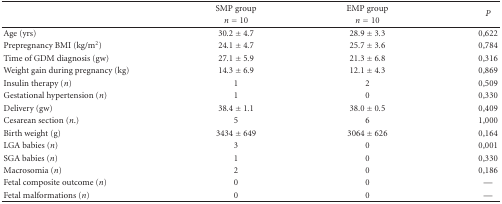
<table><thead><tr><td></td><td><b>SMP group</b></td><td><b>EMP group</b></td><td rowspan="2"><b><i>P</i></b></td></tr><tr><td></td><td><b><i>n</i> = 10</b></td><td><b><i>n</i> = 10</b></td></tr></thead><tbody><tr><td>Age (yrs)</td><td>30.2 ± 4.7</td><td>28.9 ± 3.3</td><td>0,622</td></tr><tr><td>Prepregnancy BMI (kg/m<sup>2</sup>)</td><td>24.1 ± 4.7</td><td>25.7 ± 3.6</td><td>0,784</td></tr><tr><td>Time of GDM diagnosis (gw)</td><td>27.1 ± 5.9</td><td>21.3 ± 6.8</td><td>0,316</td></tr><tr><td>Weight gain during pregnancy (kg)</td><td>14.3 ± 6.9</td><td>12.1 ± 4.3</td><td>0,869</td></tr><tr><td>Insulin therapy (<i>n</i>)</td><td>1</td><td>2</td><td>0,509</td></tr><tr><td>Gestational hypertension (<i>n</i>)</td><td>1</td><td>0</td><td>0,330</td></tr><tr><td>Delivery (gw)</td><td>38.4 ± 1.1</td><td>38.0 ± 0.5</td><td>0,409</td></tr><tr><td>Cesarean section (<i>n</i>.)</td><td>5</td><td>6</td><td>1,000</td></tr><tr><td>Birth weight (g)</td><td>3434 ± 649</td><td>3064 ± 626</td><td>0,164</td></tr><tr><td>LGA babies (<i>n</i>)</td><td>3</td><td>0</td><td>0,001</td></tr><tr><td>SGA babies (<i>n</i>)</td><td>1</td><td>0</td><td>0,330</td></tr><tr><td>Macrosomia (<i>n</i>)</td><td>2</td><td>0</td><td>0,186</td></tr><tr><td>Fetal composite outcome (<i>n</i>)</td><td>0</td><td>0</td><td>—</td></tr><tr><td>Fetal malformations (<i>n</i>)</td><td>0</td><td>0</td><td>—</td></tr></tbody></table>